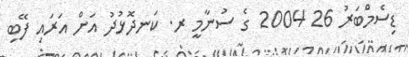
ޑިސެމްބަރު 26 2004 ގެ ސުނާމީ ރ. ކަނދޮޅުދު އަށް އަރައި ފޭބި